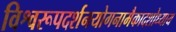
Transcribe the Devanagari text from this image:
विश्वरूपदर्शनयोगनामैकादशोध्याय